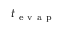
t _ { \mathrm { ~ e ~ v ~ a ~ p ~ } }